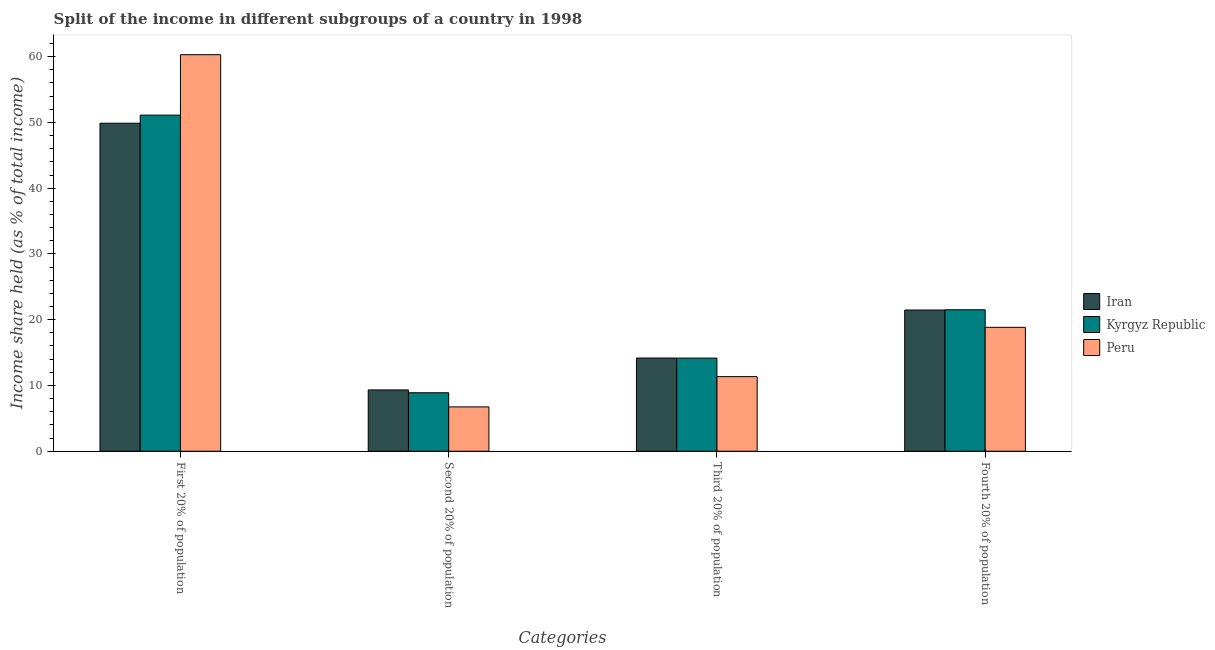
| Categories | Iran | Kyrgyz Republic | Peru |
 | --- | --- | --- | --- |
 | First 20% of population | 49.9 | 51.1 | 60.3 |
 | Second 20% of population | 9.32 | 8.89 | 6.74 |
 | Third 20% of population | 14.2 | 14.2 | 11.3 |
 | Fourth 20% of population | 21.5 | 21.5 | 18.8 |